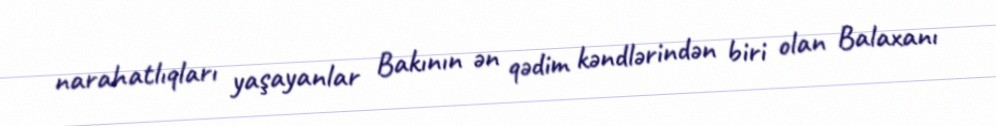
narahatlıqları yaşayanlar Bakının ən qədim kəndlərindən biri olan Balaxanı